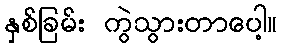
နှစ်ခြမ်း ကွဲသွားတာပေါ့။